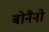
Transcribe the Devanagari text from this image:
बोनैनो